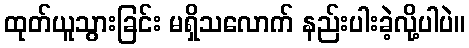
ထုတ်ယူသွားခြင်း မရှိသလောက် နည်းပါးခဲ့လို့ပါပဲ။